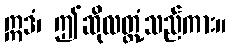
ဣဒံ၊ ဤဆိုလတ္တံ့သည်ကား။